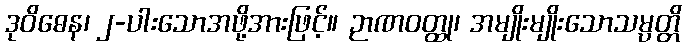
ဒုဝိဓေန၊ ၂-ပါးသောအဖို့အားဖြင့်။ ဉာဏဝတ္ထု၊ အမျိုးမျိုးသောသမ္ပတ္တိ